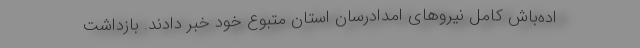
اده‌باش کامل نیروهای امدادرسان استان متبوع خود خبر دادند. بازداشت